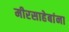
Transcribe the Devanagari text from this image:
मीरसाहेबांना